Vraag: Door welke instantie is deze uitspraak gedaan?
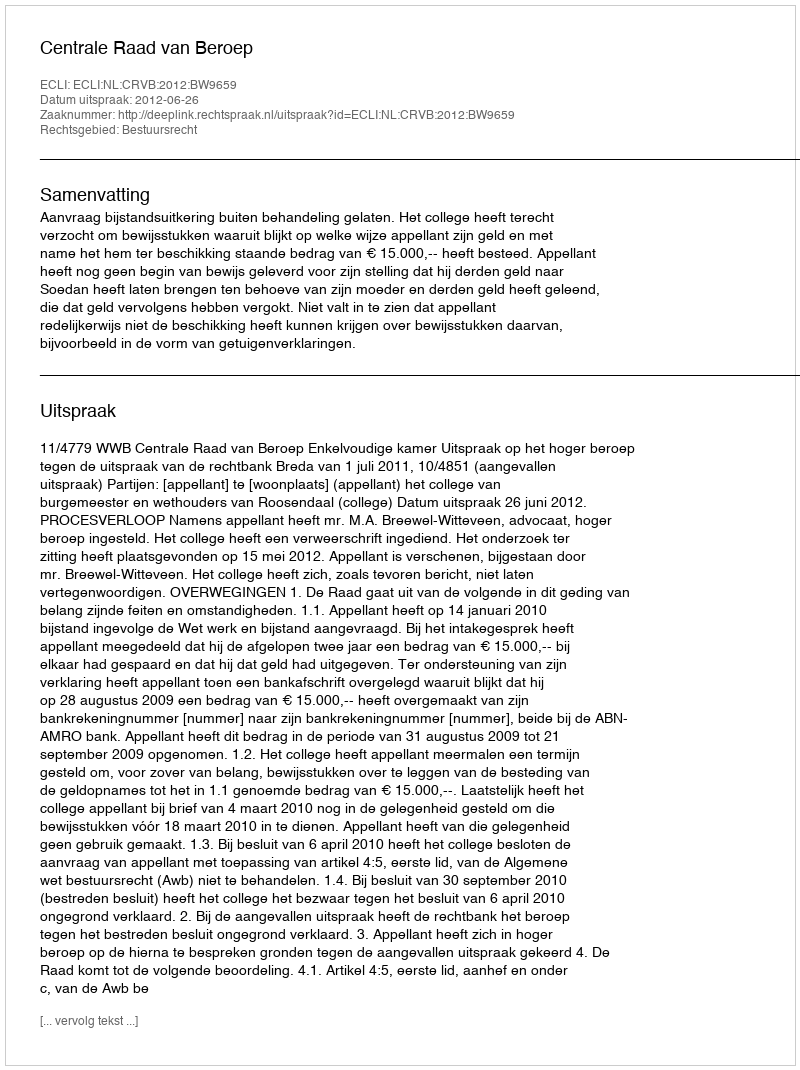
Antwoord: Centrale Raad van Beroep